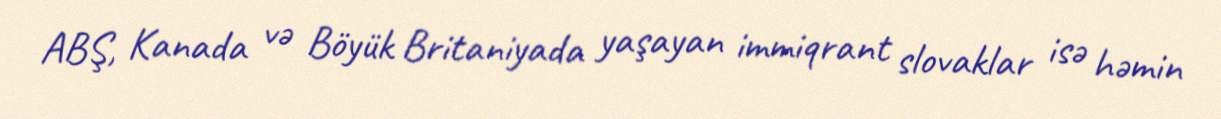
ABŞ, Kanada və Böyük Britaniyada yaşayan immiqrant slovaklar isə həmin